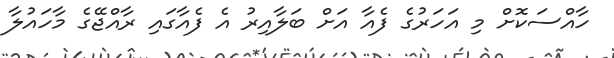
ހާއްސަކޮށް މި އަހަރުގެ ފެއާ އަށް ބަލާއިރު އެ ފެއާގައި ރާއްޖޭގެ މާހައުލާ